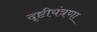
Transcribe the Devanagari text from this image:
दृष्टीयंत्रणा